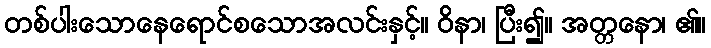
တစ်ပါးသောနေရောင်စသောအလင်းနှင့်။ ဝိနာ၊ ပြီး၍။ အတ္တနော၊ ၏။